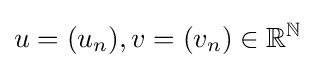
u=(u_{n}),v=(v_{n})\in \mathbb {R} ^{\mathbb {N} }